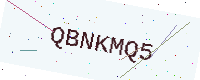
Text: QBNKMQ5